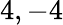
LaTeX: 4,-4